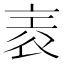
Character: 𧙰